Report on horse surra - Volume I
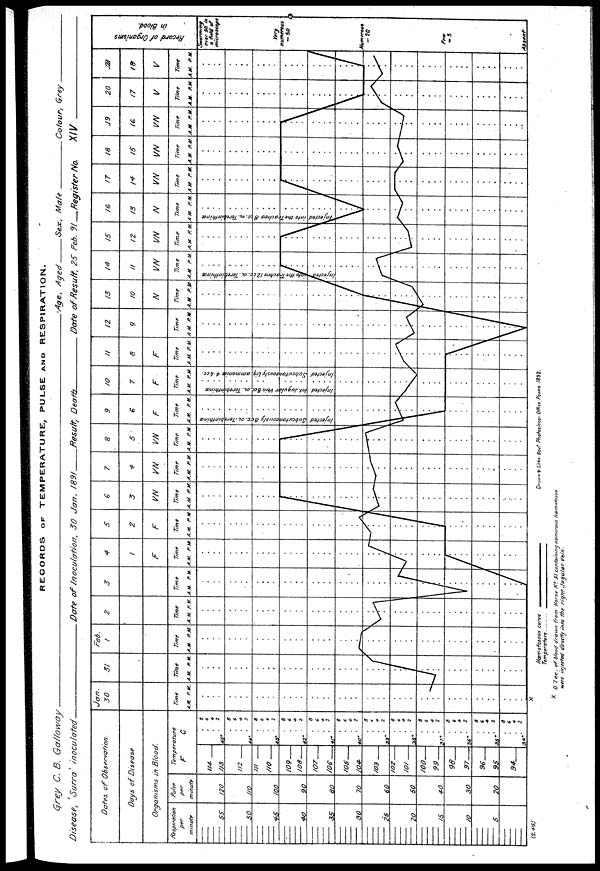
RECORDS OF TEMPERATURE, PULSE AND RESPIRATION.